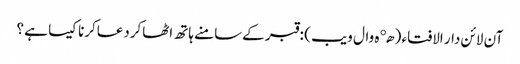
آن لائن دار الافتاء ( هډه وال ویب )‏ : قبر کےسامنے ہاتھ اٹھاکردعاکرنا کیسا ہے ؟